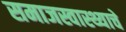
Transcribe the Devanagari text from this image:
समाजस्वास्थ्याचे